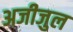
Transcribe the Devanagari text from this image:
अजीजुल